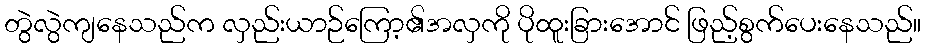
တွဲလွဲကျနေသည်က လှည်းယာဉ်ကြော့၏အလှကို ပိုထူးခြားအောင် ဖြည့်စွက်ပေးနေသည်။